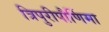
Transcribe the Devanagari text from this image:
त्रिपुरीपौर्णिमा